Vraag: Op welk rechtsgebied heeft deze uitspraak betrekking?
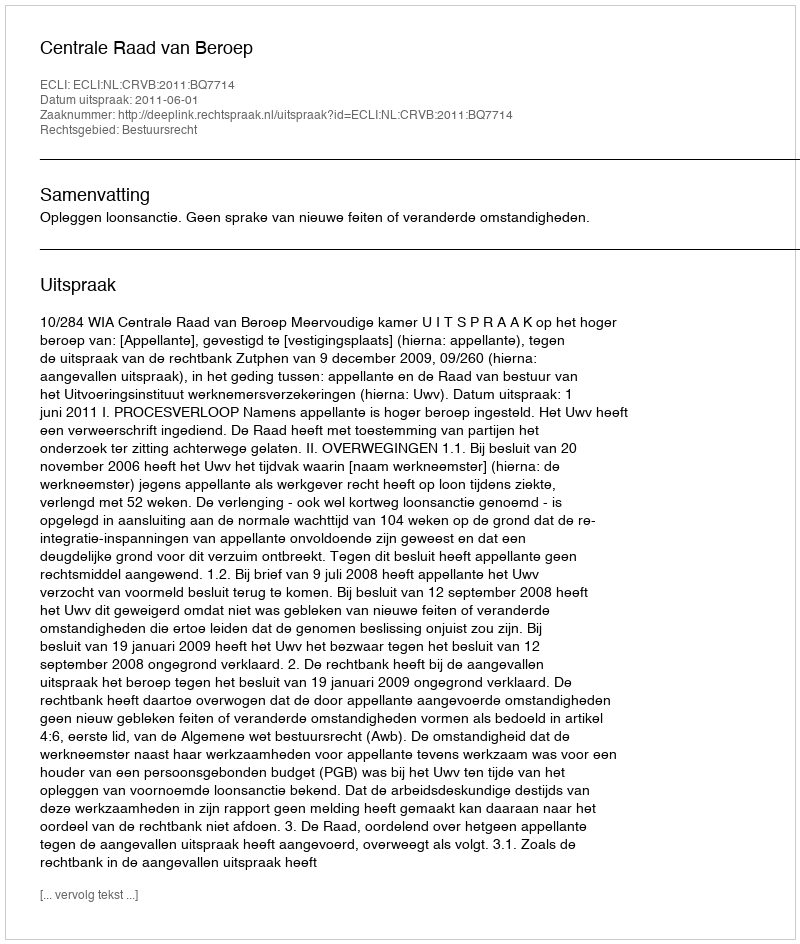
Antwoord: Bestuursrecht